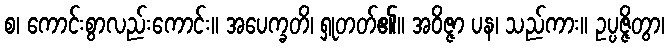
စ၊ ကောင်းစွာလည်းကောင်း။ အပေက္ခတိ၊ ရှုတတ်၏။ အဝိဇ္ဇာ ပန၊ သည်ကား။ ဥပ္ပဇ္ဇိတွာ၊